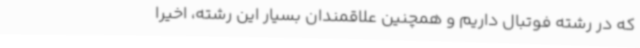
که در رشته فوتبال داریم و همچنین علاقمندان بسیار این رشته، اخیرا